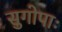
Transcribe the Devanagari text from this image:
सुगोपाः